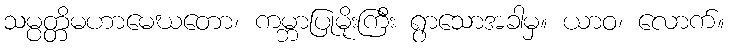
သမ္ပတ္တိမဟာမေဃတော၊ ကမ္ဘာပြုမိုးကြီး ရွာသောအခါမှ။ ယာဝ၊ လောက်။